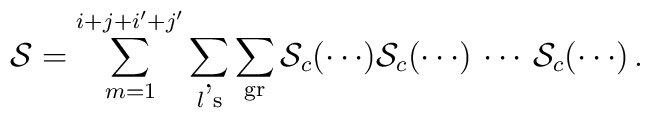
{\cal S} = \sum_{m = 1}^{i + j + i' + j'} \sum_{l\mbox{'\scriptsize{s}}} \sum_{\mbox{\scriptsize{gr}}} {\cal S}_c (\cdots) {\cal S}_c (\cdots) \, \cdots \, {\cal S}_c (\cdots) \, .